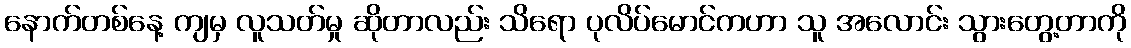
နောက်တစ်နေ့ ကျမှ လူသတ်မှု ဆိုတာလည်း သိရော ပုလိပ်မောင်ကဟာ သူ အလောင်း သွားတွေ့တာကို